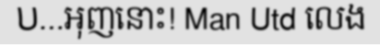
U...អុញនោះ! Man Utd លេង